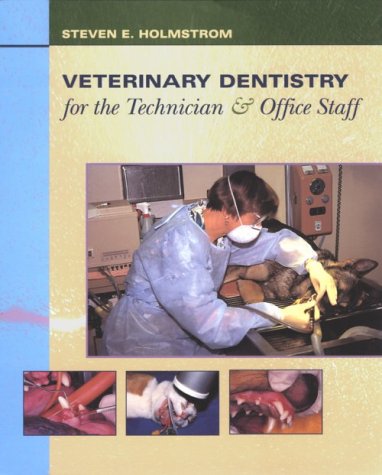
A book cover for Veterinary Dentistry for the Technician and Office Staff, 1e; Steven E. Holmstrom DVM; Medical Books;